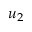
u _ { 2 }